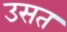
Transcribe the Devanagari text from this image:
उसत